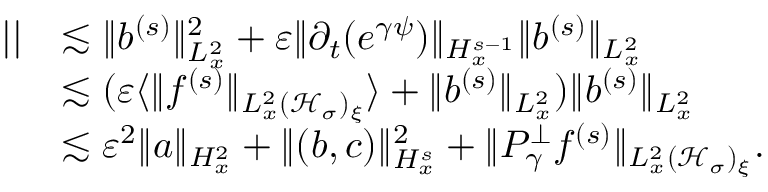
\begin{array} { r l } { | | } & { \lesssim \| b ^ { ( s ) } \| _ { L _ { x } ^ { 2 } } ^ { 2 } + \varepsilon \| \partial _ { t } ( e ^ { \gamma \psi } ) \| _ { H _ { x } ^ { s - 1 } } \| b ^ { ( s ) } \| _ { L _ { x } ^ { 2 } } } \\ & { \lesssim ( \varepsilon \langle \| f ^ { ( s ) } \| _ { L _ { x } ^ { 2 } ( \mathcal H _ { \sigma } ) _ { \xi } } \rangle + \| b ^ { ( s ) } \| _ { L _ { x } ^ { 2 } } ) \| b ^ { ( s ) } \| _ { L _ { x } ^ { 2 } } } \\ & { \lesssim \varepsilon ^ { 2 } \| a \| _ { H _ { x } ^ { 2 } } + \| ( b , c ) \| _ { H _ { x } ^ { s } } ^ { 2 } + \| P _ { \gamma } ^ { \perp } f ^ { ( s ) } \| _ { L _ { x } ^ { 2 } ( \mathcal H _ { \sigma } ) _ { \xi } } . } \end{array}